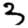
Digit: 3